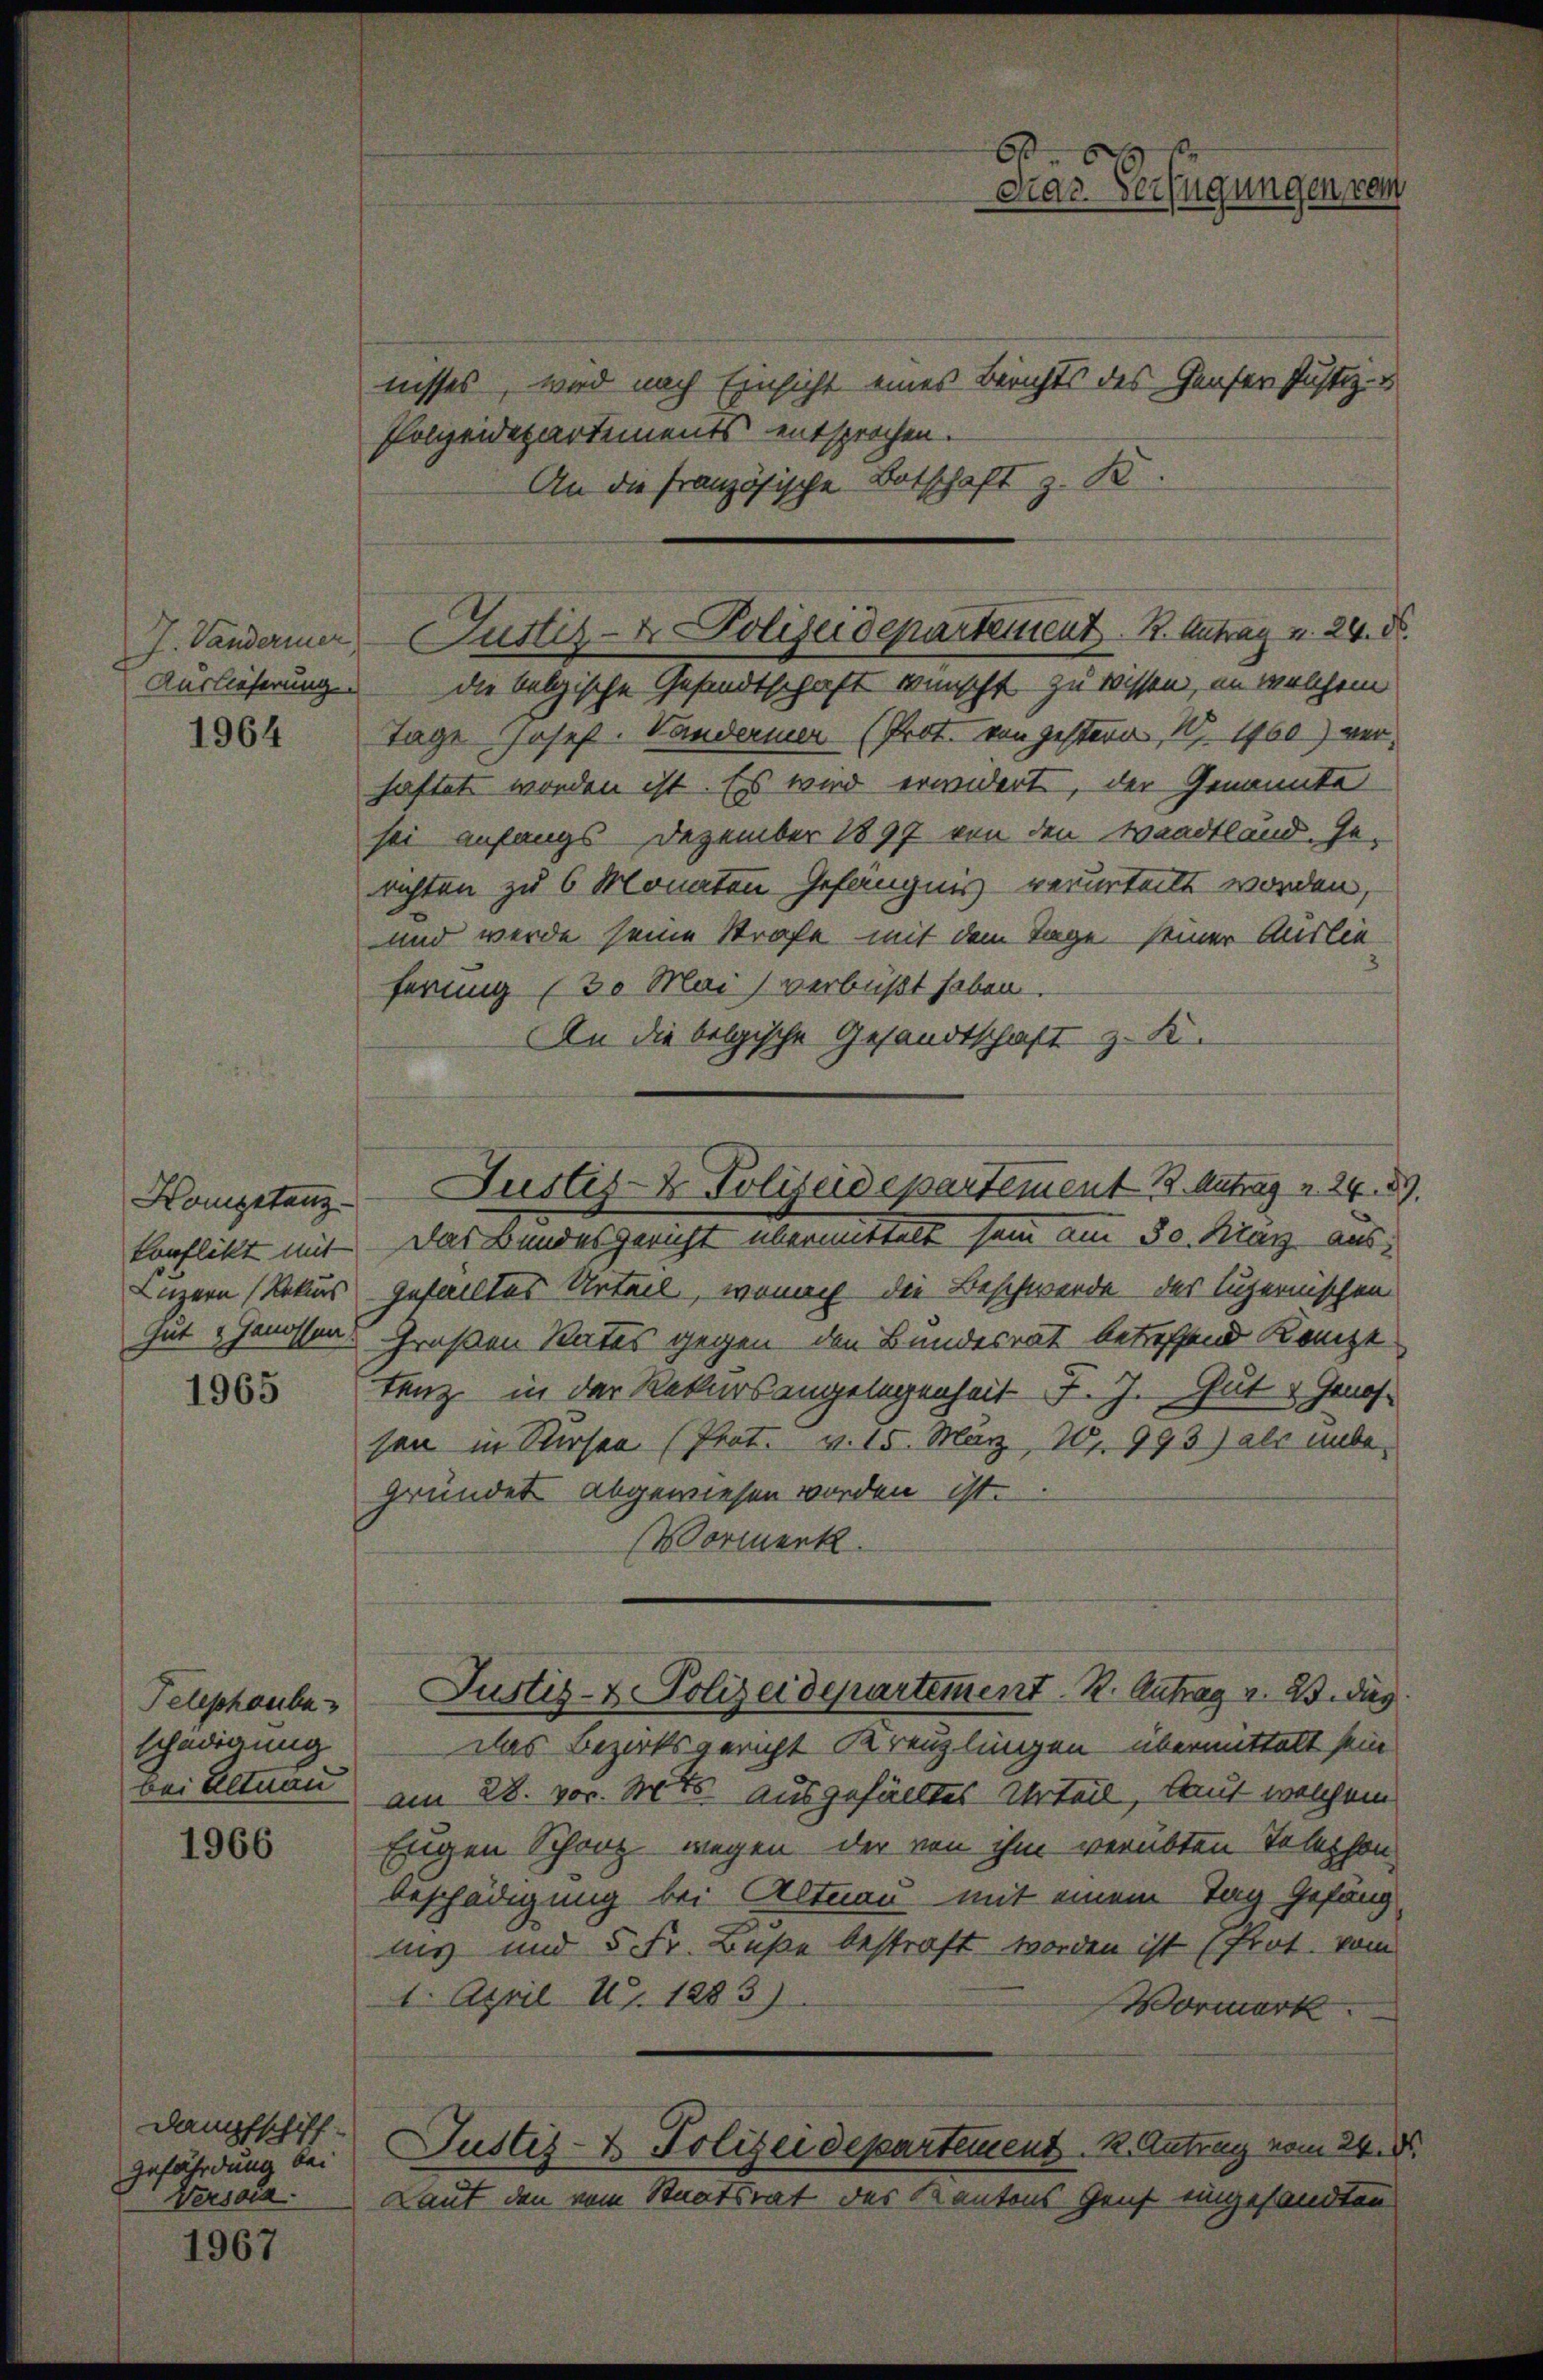
J. Vanderier
Auslieferung.

1964

Kompetenz
konflikt mit
Luzern (Rekurs
Gut & Genossen

1965

Telephaube
schädigung
bei Altnau

1966

Dampfschiff-
Gefährdung bei
Versona.

1967

nisses, wird nach Einsicht eines Berichts des Genfer Justiz-
Polizeidepartements entsprochen.
An die französische Botschaft z. B.

60
Mar. Verfügungen, wei

die belgische Gesandtschaft wünscht zu wissen, an welchem
Tage Josef. Wanderner (Prot. von gestern, 1 1760) verhaftet worden ist. Es wird erwidert, der Genannte
sei anfangs Dezember 1897 von den Waadtland. Ge-
richten zu 6 Monaten Gefängnis verurteilt worden,
und werde seine Strafe mit dem Tage seiner Auslie
ferung (30 Mai verbüßt haben.
An die belgische Gesandtschaft z. K.
gefalltes Urteil, wonach die Beschwerde des Luzernischen
Großen Rates gegen den Bundesrat betreffend Kanze
tenz in der Rekursangelegenheit J. J. Gut Genossen in Kursen (Prot. v. 15. März 10. 993) als unbegründet abgewiesen worden ist.
Vormerk.
Justiz- & Polizeidepartement R. Antrag v. 23. dies
das Bezirksgericht Kreuzlingen übermittelt sein
am 28. vor. Mts. ausgefälltes Urteil, laut welchem
Eigen Schanz wegen der von ihm verübten Taleschon
beschädigung bei Altnau mit einem Tag Gefängnis und 5 Fr. Buße bestraft worden ist (Prot. vom
1. April U. 1883)
Wormerk.
Justiz- & Polizeidepartement. R. Antrag vom 24. d.
Laut den vom Staatsrat des Kantons Genf eingesandten

Justiz- & Polizeideparteisent. B. Antrag u. 24. d.

Justiz- & Polizeidepartement B. Antrag v. 24.
Das Bundesgericht übermittelt sein am 30. May aus¬